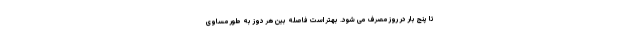
تا پنج بار در روز مصرف می شود. بهتر است فاصله بین هر دوز به طور مساوی